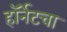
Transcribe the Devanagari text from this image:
हॉर्नेटचा